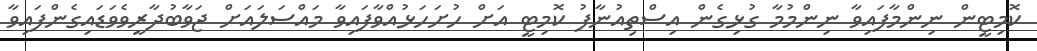
ކޮމިޓީން ނިންމާފައިވާ ނިންމުމާ ގުޅިގެން އިސްތިއުނާފު ކޮމިޓީ އަށް ހުށަހަޅުއްވާފައިވާ މައްސަލައަށް ޖަވާބުދާރީވެވަޑައިގެންފައިވާ